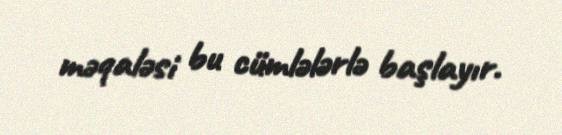
məqaləsi bu cümlələrlə başlayır.